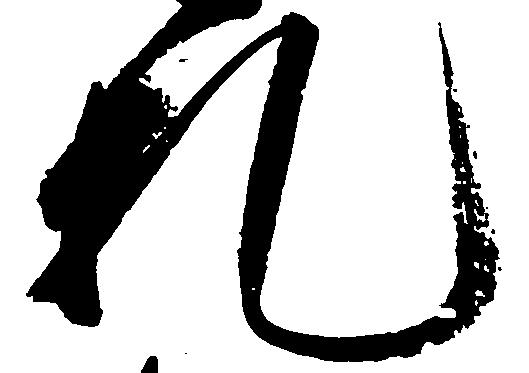
札